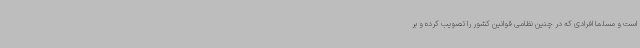
است و مسلماً افرادی که در چنین نظامی قوانین کشور را تصویب کرده و بر